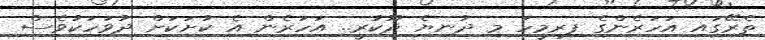
ތެރޭގައި އަހަރެންގެ ފިރިމީހަ މި ދުނިޔެ ދޫކުރީ.. އަހަރެން އެ ކުށަކަށް ދުވަހަކުވެސް